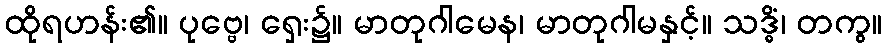
ထိုရဟန်း၏။ ပုဗ္ဗေ၊ ရှေး၌။ မာတုဂါမေန၊ မာတုဂါမနှင့်။ သဒ္ဓိံ၊ တကွ။